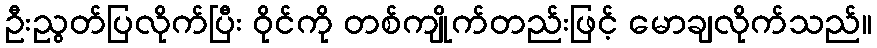
ဦးညွတ်ပြလိုက်ပြီး ဝိုင်ကို တစ်ကျိုက်တည်းဖြင့် မောချလိုက်သည်။